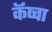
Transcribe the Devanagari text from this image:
कॅप्चा